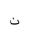
Letter: _non